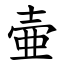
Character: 壷